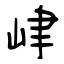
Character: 峍